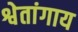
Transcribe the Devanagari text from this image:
श्वेतांगाय